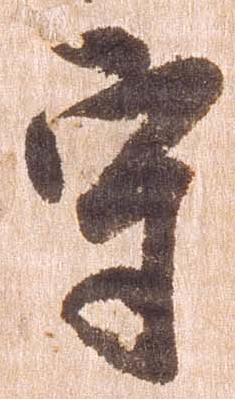
守